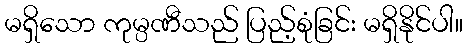
မရှိသော ကုမ္ပဏီသည် ပြည့်စုံခြင်း မရှိနိုင်ပါ။